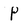
Character: P